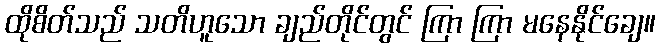
ထိုစိတ်သည် သတိဟူသော ချည်တိုင်တွင် ကြာ ကြာ မနေနိုင်ချေ။